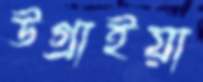
উগ্‌রাইয়া